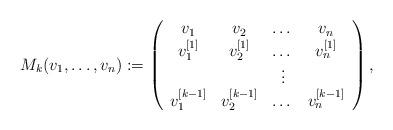
LaTeX: \begin{align*}M_k(v_1,\dots, v_n) := \left( \begin{array}{cccc} v_1 & v_2 &\dots &v_n \\ v_1^{[1]} & v_2^{[1]} &\dots &v_n^{[1]} \\ &&\vdots \\ v_1^{[k-1]} & v_2^{[k-1]} &\dots &v_n^{[k-1]} \end{array}\right) ,\end{align*}